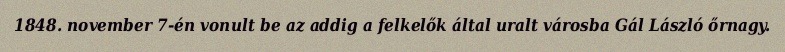
1848. november 7-én vonult be az addig a felkelők által uralt városba Gál László őrnagy.